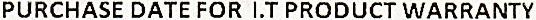
PURCHASE DATE FOR I.T PRODUCT WARRANTY